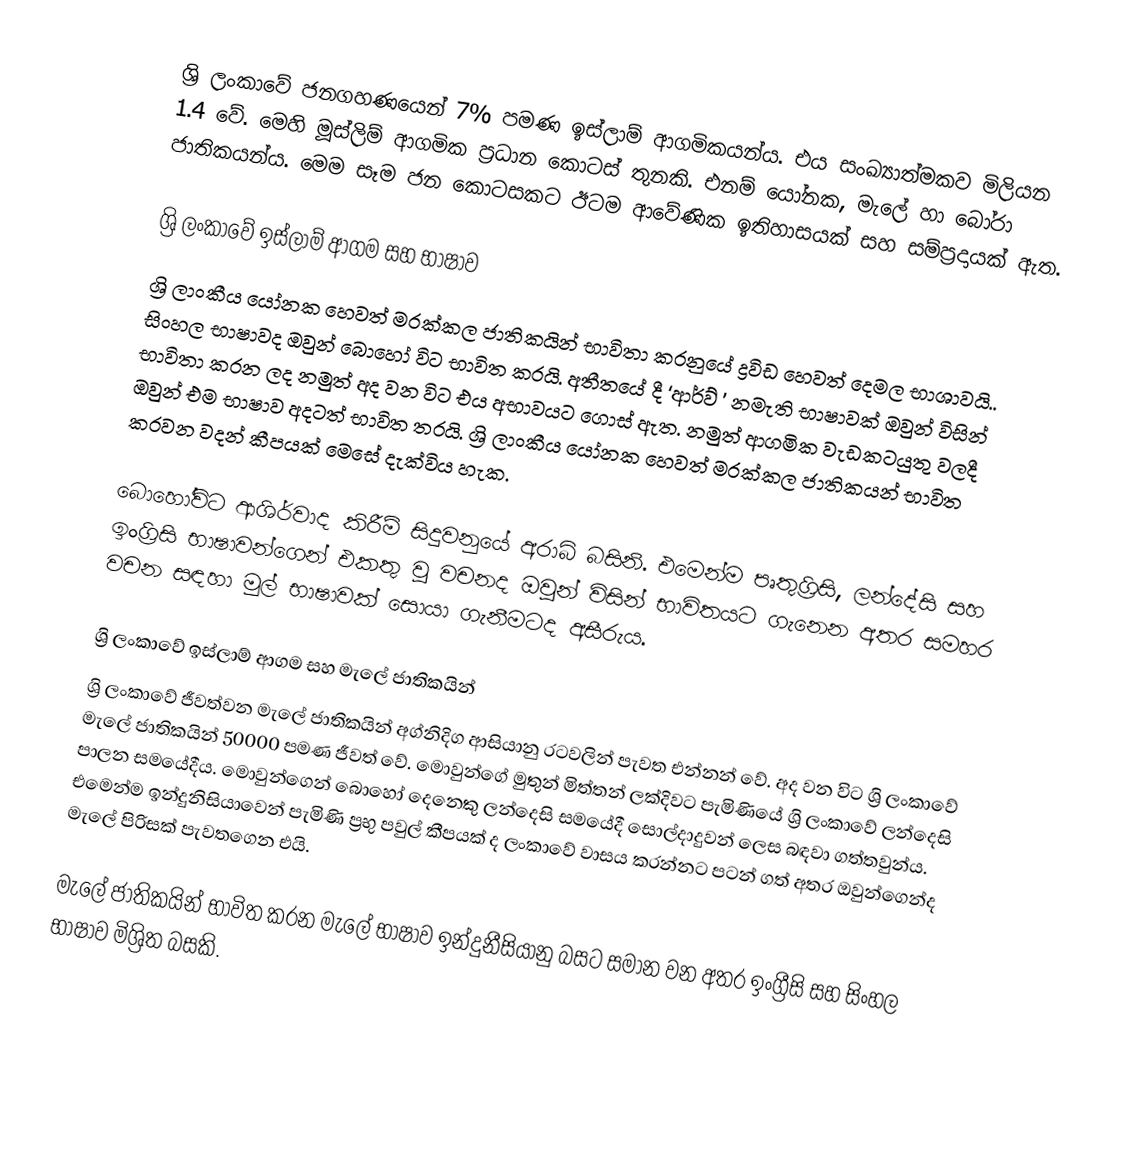
ශ්‍රි ලංකාවේ ජනගහණයෙන් 7% පමණ ඉස්ලාම් ආගමිකයන්ය. එය සංඛ්‍යාත්මකව මිලියන 1.4 වේ. මෙහි මූස්ලිම් ආගමික ප්‍රධාන කොටස් තුනකි. එනම් යෝනක, මැලේ හා බෝරා ජාතිකයන්ය. මෙම සෑම ජන කොටසකට ඊටම ආවේණික ඉතිහාසයක් සහ සම්ප්‍රදායක් ඇත.

ශ්‍රි ලංකාවේ ඉස්ලාම් ආගම සහ භාෂාව
ශ්‍රි ලාංකීය යෝනක හෙවත් මරක්කල ජාතිකයින් භාවිතා කරනුයේ ද්‍රවිඩ හෙවත් දෙමල භාශාවයි.. සිංහල භාෂාවද ඔවුන් බොහෝ විට භාවිත කරයි. අතීතයේ දී ‘ආර්ව් ’ නමැති භාෂාවක් ඔවුන් විසින් භාවිතා කරන ලද නමුත් අද වන විට එය අභාවයට ගොස් ඇත. නමුත් ආගමික වැඩකටයුතු වලදී ඔවුන් එම භාෂාව අදටත් භාවිත තරයි. ශ්‍රි ලාංකීය යෝනක හෙවත් මරක්කල ජාතිකයන් භාවිත කරවන වදන් කීපයක් මෙසේ දැක්විය හැක.

බොහෝවිට ආශිර්වාද කිරීම් සිදුවනුයේ අරාබි බසිනි. එමෙන්ම පෘතුග්‍රිසි, ලන්දේසි සහ ඉංග්‍රිසි භාෂාවන්ගෙන් එකතු වූ වචනද ඔවුන් විසින් භාවිතයට ගැනෙන අතර සමහර වචන සඳහා මුල් භාෂාවක් සොයා ගැනීමටද අසීරුය.

ශ්‍රි ලංකාවේ ඉස්ලාම් ආගම සහ මැලේ ජාතිකයින්
ශ්‍රි ලංකාවේ ජීවත්වන මැලේ ජාතිකයින් අග්නිදිග ආසියානු රටවලින් පැවත එන්නන් වේ. අද වන විට ශ්‍රි ලංකාවේ මැලේ ජාතිකයින් 50000 පමණ ජීවත් වේ. මොවුන්ගේ මුතුන් මිත්තන් ලක්දිවට පැමිණියේ ශ්‍රි ලංකාවේ ලන්දෙසි පාලන සමයේදීය. මොවුන්ගෙන් බොහෝ දෙනෙකු ලන්දෙසි සමයේදී සොල්දාදුවන් ලෙස බඳවා ගත්තවුන්ය. එමෙන්ම ඉන්දුනිසියාවෙන් පැමිණි ප්‍රභු පවුල් කීපයක් ද ලංකාවේ වාසය කරන්නට පටන් ගත් අතර ඔවුන්ගෙන්ද මැලේ පිරිසක් පැවතගෙන එයි.

මැලේ ජාතිකයින් භාවිත කරන මැලේ භාෂාව ඉන්දුනීසියානු බසට සමාන වන අතර ඉංග්‍රීසි සහ සිංහල භාෂාව මිශ්‍රිත බසකි.